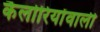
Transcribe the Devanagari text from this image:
कैलोरियोंवाली